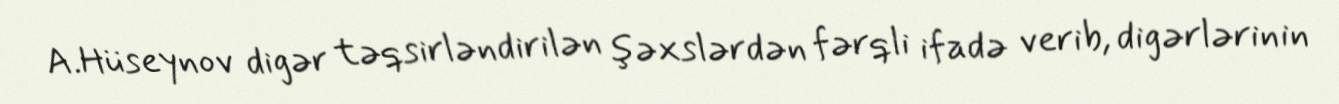
A.Hüseynov digər təqsirləndirilən şəxslərdən fərqli ifadə verib, digərlərinin